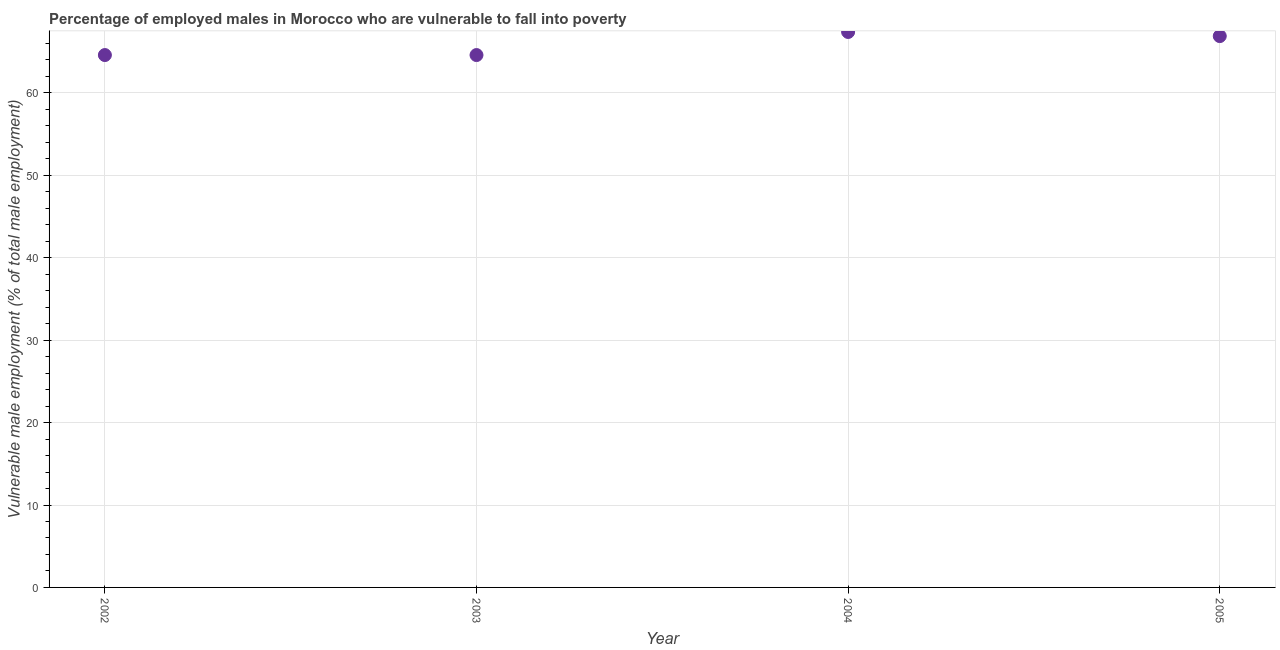
| Year | Percentage of employed males who are vulnerable to fall into poverty |
 | --- | --- |
 | 2002 | 64.6 |
 | 2003 | 64.6 |
 | 2004 | 67.4 |
 | 2005 | 66.9 |